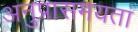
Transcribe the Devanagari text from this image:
अनुप्रासमयता